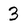
Character: 3